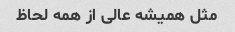
مثل همیشه عالی از همه لحاظ